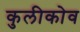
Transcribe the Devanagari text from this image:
कुलीकोव